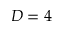
D = 4